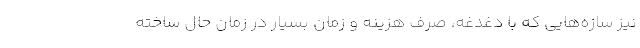
نیز سازه‌هایی که با دغدغه، صرف هزینه و زمان بسیار در زمان حال ساخته